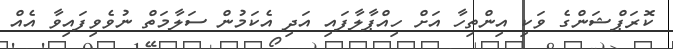
ކޮރަޕްޝަންގެ ވަކި އިންތިހާ އަށް ހިއްޕާލާފައި އަދި އެކަމުން ސަލާމަތް ނުވެވިފައިވާ އެއް